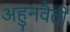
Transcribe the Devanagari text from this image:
अहुनवैती